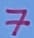
Text: 7